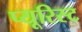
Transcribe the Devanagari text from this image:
प्यूरिस्ट